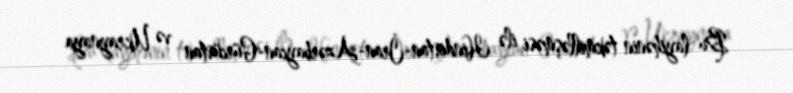
Bu layihənin təkmilləşməsi ilə Hindistan-İran-Azərbaycan-Gürcüstan və Ukraynaya